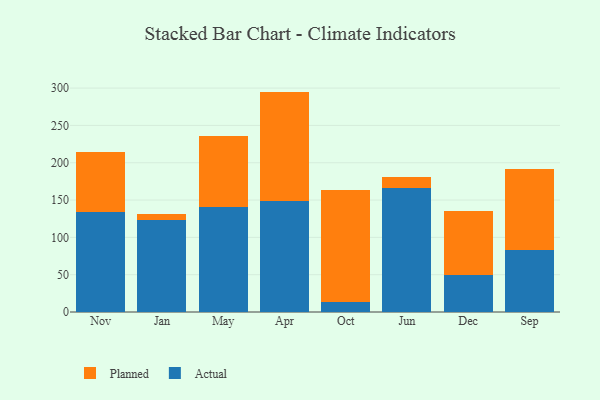
{"axis": {"x": "Month", "y": "Bounce Rate (%)"}, "legend": ["Actual", "Planned"], "data": [{"x": "Nov", "y": 134.4, "type": "Actual"}, {"x": "Nov", "y": 80.6, "type": "Planned"}, {"x": "Jan", "y": 122.7, "type": "Actual"}, {"x": "Jan", "y": 8.3, "type": "Planned"}, {"x": "May", "y": 140.4, "type": "Actual"}, {"x": "May", "y": 96.0, "type": "Planned"}, {"x": "Apr", "y": 148.5, "type": "Actual"}, {"x": "Apr", "y": 146.8, "type": "Planned"}, {"x": "Oct", "y": 12.8, "type": "Actual"}, {"x": "Oct", "y": 151.3, "type": "Planned"}, {"x": "Jun", "y": 166.8, "type": "Actual"}, {"x": "Jun", "y": 13.7, "type": "Planned"}, {"x": "Dec", "y": 50.1, "type": "Actual"}, {"x": "Dec", "y": 85.5, "type": "Planned"}, {"x": "Sep", "y": 83.0, "type": "Actual"}, {"x": "Sep", "y": 109.2, "type": "Planned"}]}